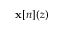
\mathbf { x } [ n ] ( z )